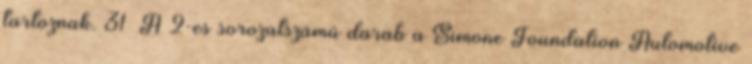
tartoznak. 31 A 2-es sorozatszámú darab a Simone Foundation Automotive